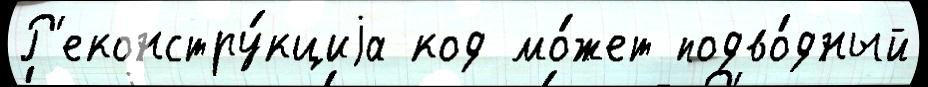
Р'еконстру́кциjа код мо́жет подво́дный